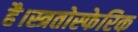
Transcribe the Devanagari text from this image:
है।स्त्रतोस्फेरिक